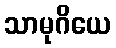
သာမုဂိယေ